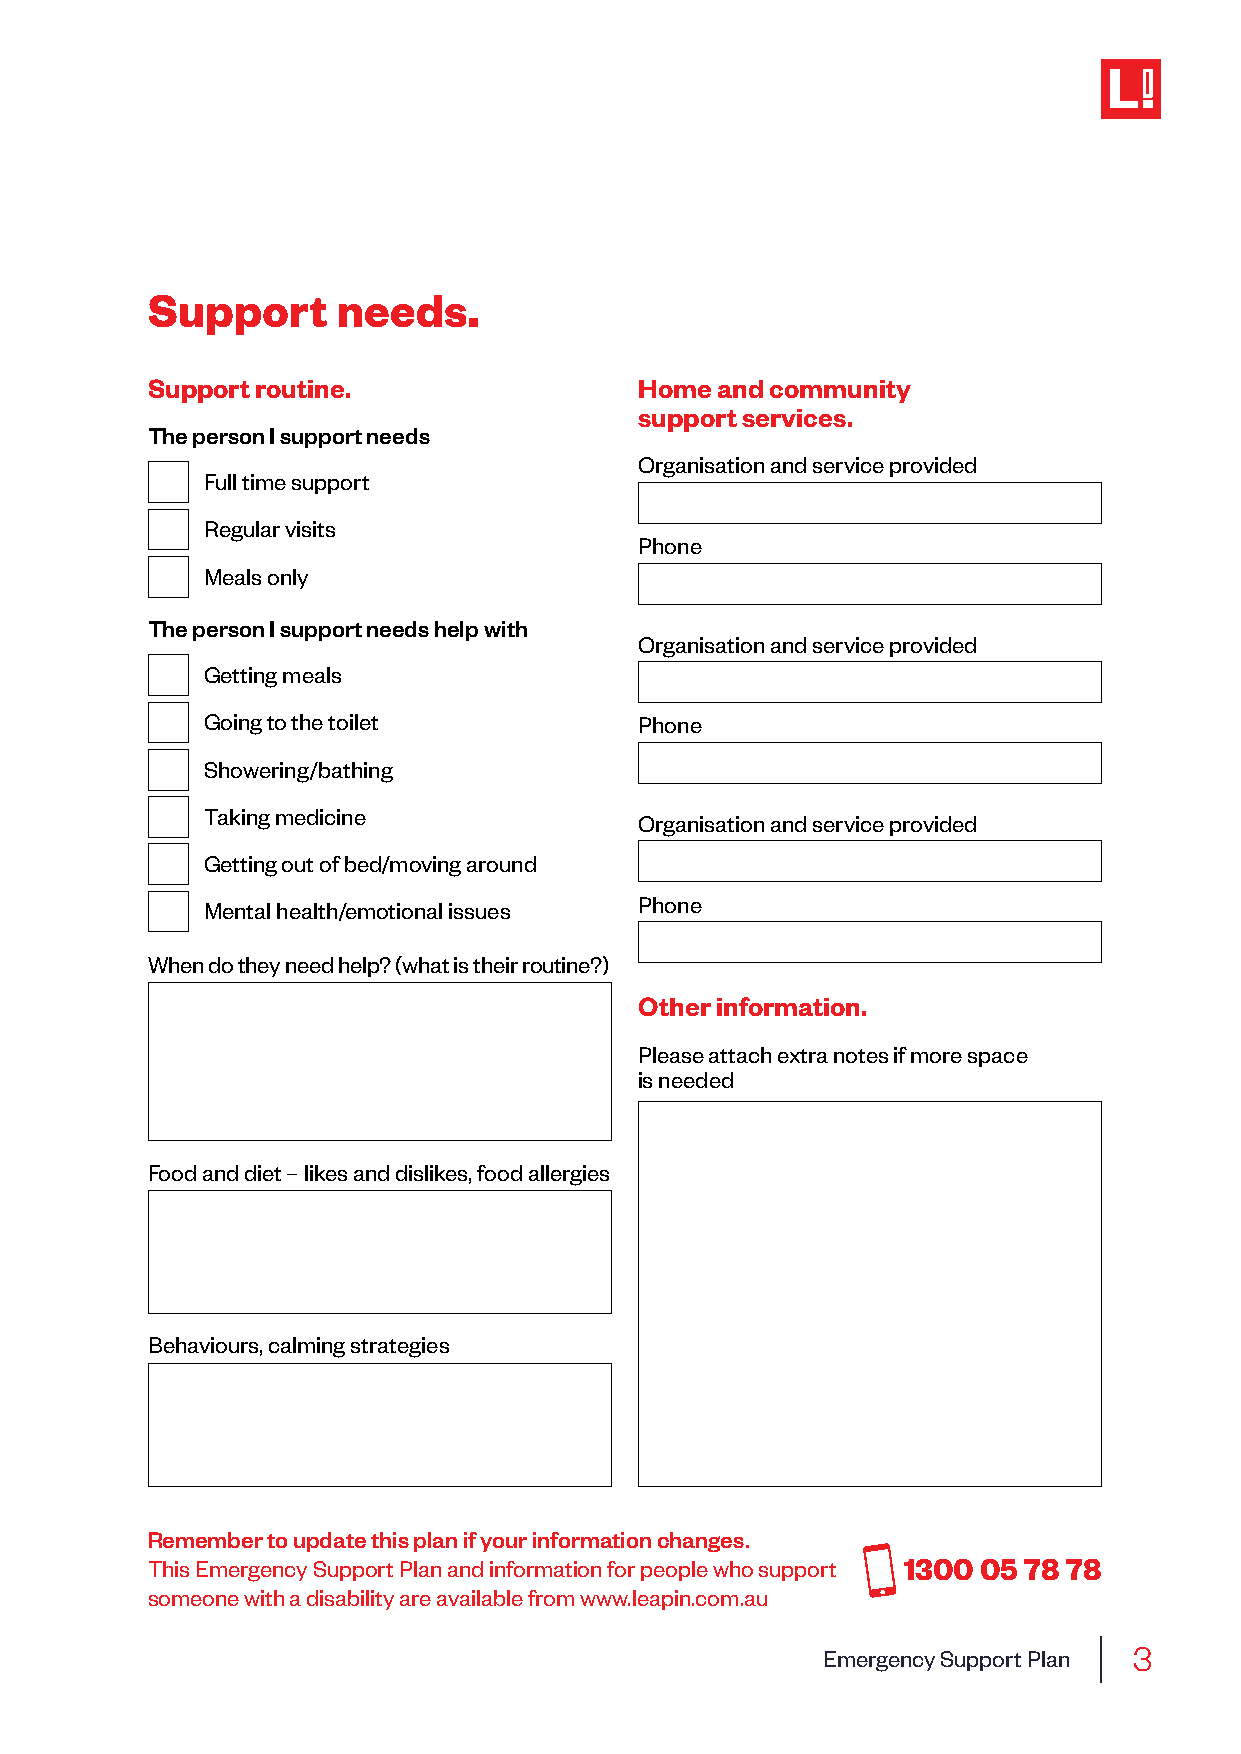
Support     needs.
 Support routine.                Home and community
 support services.
 The person I support needs
 Organisation and service provided
 Full time support
 Regular visits
 Phone
 Meals only
 The person I support needs help with
 Organisation and service provided
 Getting meals
 Going to the toilet          Phone
 Showering/bathing
 Taking medicine
 Organisation and service provided
 Getting out of bed/moving around
 Phone
 Mental health/emotional issues
 When do they need help? (what is their routine?)
 Other information.
 Please attach extra notes if more space
 is needed
 Food and diet – likes and dislikes, food allergies
 Behaviours, calming strategies
 Remember to update this plan if your information changes.
 This Emergency Support Plan and information for people who support 1300 05 78 78
 someone with a disability are available from www.leapin.com.au
 3
 Emergency Support Plan